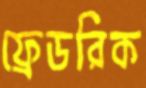
ফ্রেডরিক